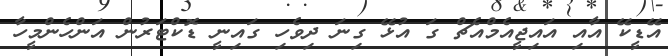
އޭޑީކޭ އާއި އައިޖީއެމްއެޗް ގަ އުޅޭ ގިނަ ދިވެހި ގައިނީ ޑޮކްޓަރުން އަންހެންމީހާ